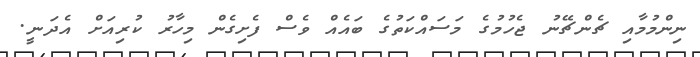
ނިންމުމާއި ޗެންޗޭނު ޖެހުމުގެ މަސައްކަތުގެ ބައެއް ވެސް ފެށިގެން މިހާރު ކުރިއަށް އެދަނީ.